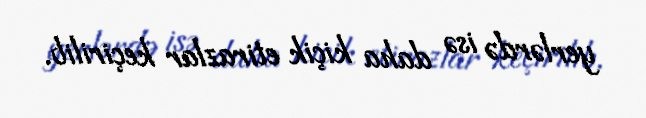
yerlərdə isə daha kiçik etirazlar keçirilib.